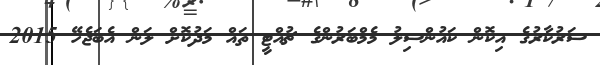
ސަރުކާރުގެ އިކޮން ކައުންސިލު މެމްބަރުންގެ ޗުއްޓީ ތައް މަދުކޮށް ލަން އެބަޖެހޭ 2015